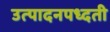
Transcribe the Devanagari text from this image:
उत्पादनपध्दती